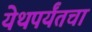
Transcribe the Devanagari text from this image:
येथपर्यंतचा